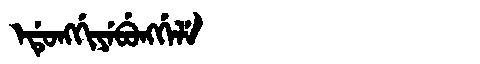
Manchu: ᡝᡩᡠᠩᡤᡳᠶᡝᠪᡠᠩᡤᡝᠯᡝ
Romanization: EDUNGGIYEBUNGGELE